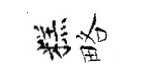
糕略